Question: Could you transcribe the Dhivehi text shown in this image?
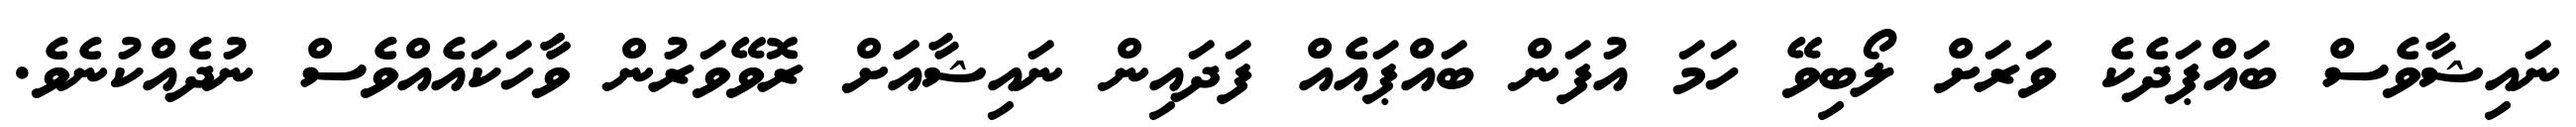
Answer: ނައިޝާވެސް ބައްޕަދެކެ ވަރަށް ލޯބިވޭ ހަމަ އުފަން ބައްޕައެއް ފަދައިން ނައިޝާއަަށް ރޮވޭވަރުން ވާާހަކައެއްވެސް ނުދެއްކުނެވެ.